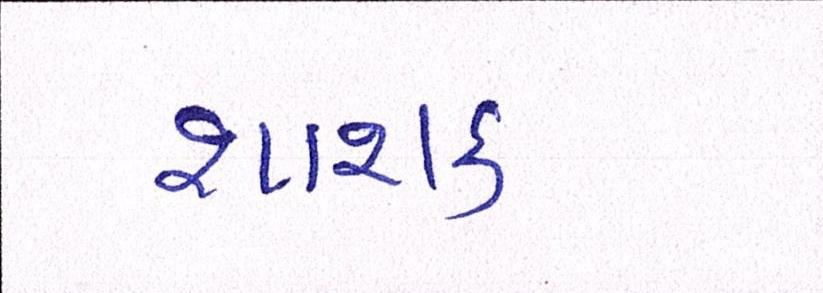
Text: શાસક